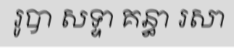
រូបា សទ្ទា គន្ធា រសា